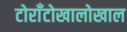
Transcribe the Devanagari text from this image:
टोराँटोखालोखाल